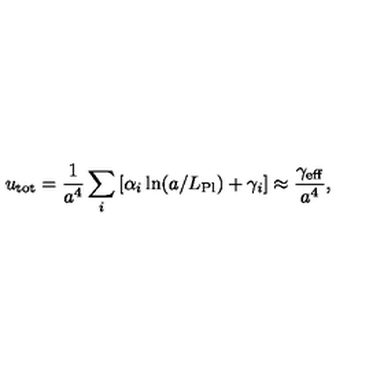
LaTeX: u _ { \mathrm { t o t } } = { \frac { 1 } { a ^ { 4 } } } \sum _ { i } \left[ \alpha _ { i } \ln ( a / L _ { \mathrm { P l } } ) + \gamma _ { i } \right] \approx { \frac { \gamma _ { \mathrm { e f f } } } { a ^ { 4 } } } ,